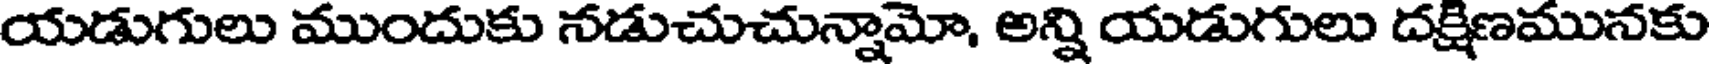
యడుగులు ముందుకు నడుచుచున్నామో, అన్ని యడుగులు దక్షిణమునకు